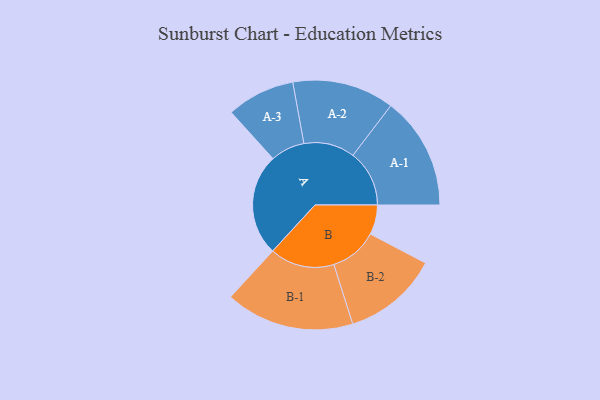
{"axis": {"x": "Segment", "y": "Value"}, "legend": ["", "A", "B"], "data": [{"x": "A", "y": 454, "type": ""}, {"x": "B", "y": 132, "type": ""}, {"x": "A-1", "y": 251, "type": "A"}, {"x": "A-2", "y": 227, "type": "A"}, {"x": "A-3", "y": 152, "type": "A"}, {"x": "B-1", "y": 287, "type": "B"}, {"x": "B-2", "y": 213, "type": "B"}]}